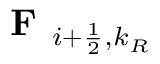
\textbf { F } _ { i + \frac { 1 } { 2 } , k _ { R } }